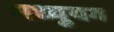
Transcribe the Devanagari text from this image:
मध्युयग